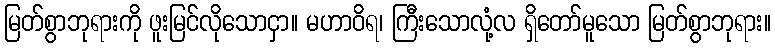
မြတ်စွာဘုရားကို ဖူးမြင်လိုသောငှာ။ မဟာဝိရ၊ ကြီးသောလုံ့လ ရှိတော်မူသော မြတ်စွာဘုရား။